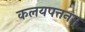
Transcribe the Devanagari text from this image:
कलयपत्तनम्